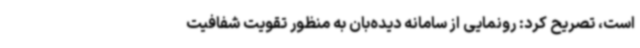
است، تصریح کرد: رونمایی از سامانه دیده‌بان به منظور تقویت شفافیت